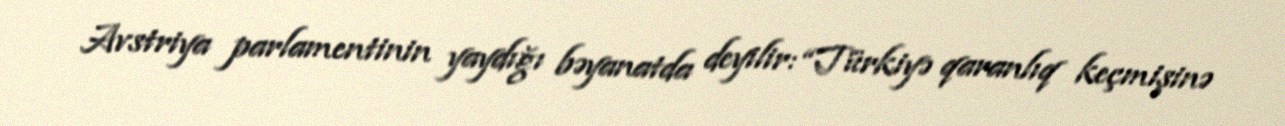
Avstriya parlamentinin yaydığı bəyanatda deyilir: “Türkiyə qaranlıq keçmişinə